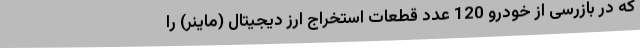
که در بازرسی از خودرو 120 عدد قطعات استخراج ارز دیجیتال (ماینر) را